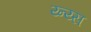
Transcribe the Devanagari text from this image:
य्न्य्स